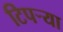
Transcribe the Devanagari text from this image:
टिपर्‍या